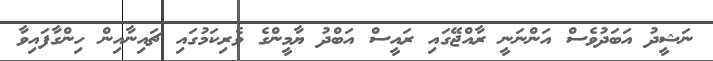
ނަޝީދު އަބަދުވެސް އަންނަނީ ރާއްޖޭގައި ރައީސް އަބްދު ޔާމީންގެ ވެރިކަމުގައި ޗައިނާއިން ހިންގާފައިވާ